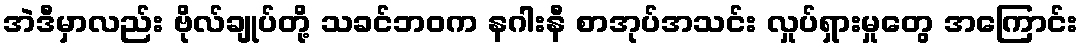
အဲဒီမှာလည်း ဗိုလ်ချုပ်တို့ သခင်ဘဝက နဂါးနီ စာအုပ်အသင်း လှုပ်ရှားမှုတွေ အကြောင်း